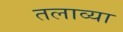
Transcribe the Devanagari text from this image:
तलाव्या